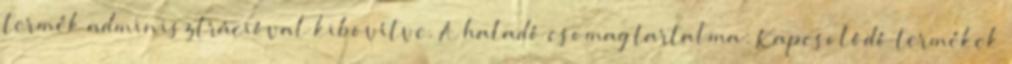
termék adminisztrációval kibõvítve. A haladó csomag tartalma: Kapcsolódó termékek